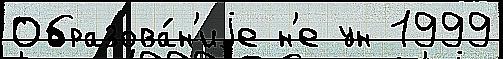
Образова́н'иjе н'е ун 1999